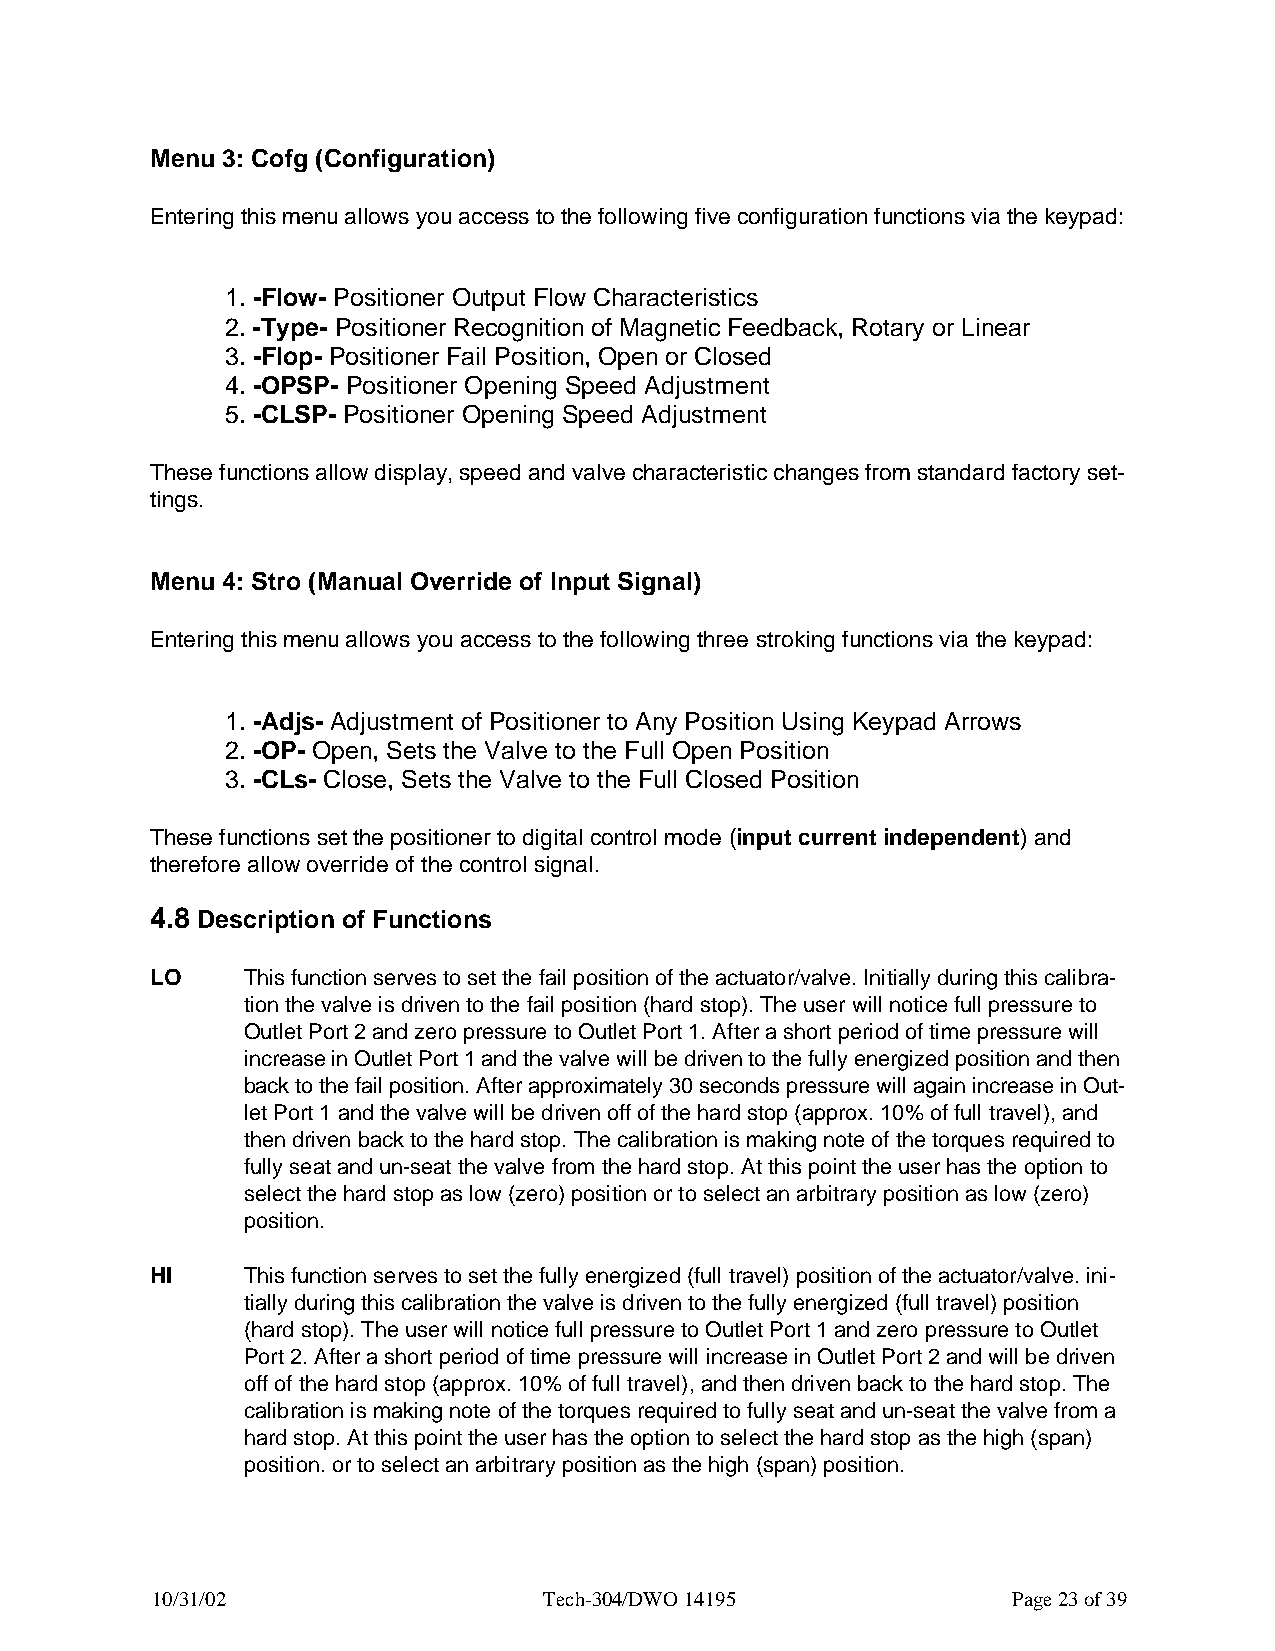
Menu 3: Cofg (Configuration)
 Entering this menu allows you access to the following five configuration functions via the keypad:
 1. -Flow- Positioner Output Flow Characteristics
 2. -Type- Positioner Recognition of Magnetic Feedback, Rotary or Linear
 3. -Flop- Positioner Fail Position, Open or Closed
 4. -OPSP- Positioner Opening Speed Adjustment
 5. -CLSP- Positioner Opening Speed Adjustment
 These functions allow display, speed and valve characteristic changes from standard factory set-
 tings.
 Menu 4: Stro (Manual Override of Input Signal)
 Entering this menu allows you access to the following three stroking functions via the keypad:
 1. -Adjs- Adjustment of Positioner to Any Position Using Keypad Arrows
 2. -OP- Open, Sets the Valve to the Full Open Position
 3. -CLs- Close, Sets the Valve to the Full Closed Position
 These functions set the positioner to digital control mode (input current independent) and
 therefore allow override of the control signal.
 4.8 Description of Functions
 LO    This function serves to set the fail position of the actuator/valve. Initially during this calibra-
 tion the valve is driven to the fail position (hard stop). The user will notice full pressure to
 Outlet Port 2 and zero pressure to Outlet Port 1. After a short period of time pressure will
 increase in Outlet Port 1 and the valve will be driven to the fully energized position and then
 back to the fail position. After approximately 30 seconds pressure will again increase in Out-
 let Port 1 and the valve will be driven off of the hard stop (approx. 10% of full travel), and
 then driven back to the hard stop. The calibration is making note of the torques required to
 fully seat and un-seat the valve from the hard stop. At this point the user has the option to
 select the hard stop as low (zero) position or to select an arbitrary position as low (zero)
 position.
 HI    This function serves to set the fully energized (full travel) position of the actuator/valve. ini-
 tially during this calibration the valve is driven to the fully energized (full travel) position
 (hard stop). The user will notice full pressure to Outlet Port 1 and zero pressure to Outlet
 Port 2. After a short period of time pressure will increase in Outlet Port 2 and will be driven
 off of the hard stop (approx. 10% of full travel), and then driven back to the hard stop. The
 calibration is making note of the torques required to fully seat and un-seat the valve from a
 hard stop. At this point the user has the option to select the hard stop as the high (span)
 position. or to select an arbitrary position as the high (span) position.
 10/31/02                  Tech-304/DWO 14195             Page 23 of 39